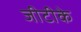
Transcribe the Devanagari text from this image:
जीटीके